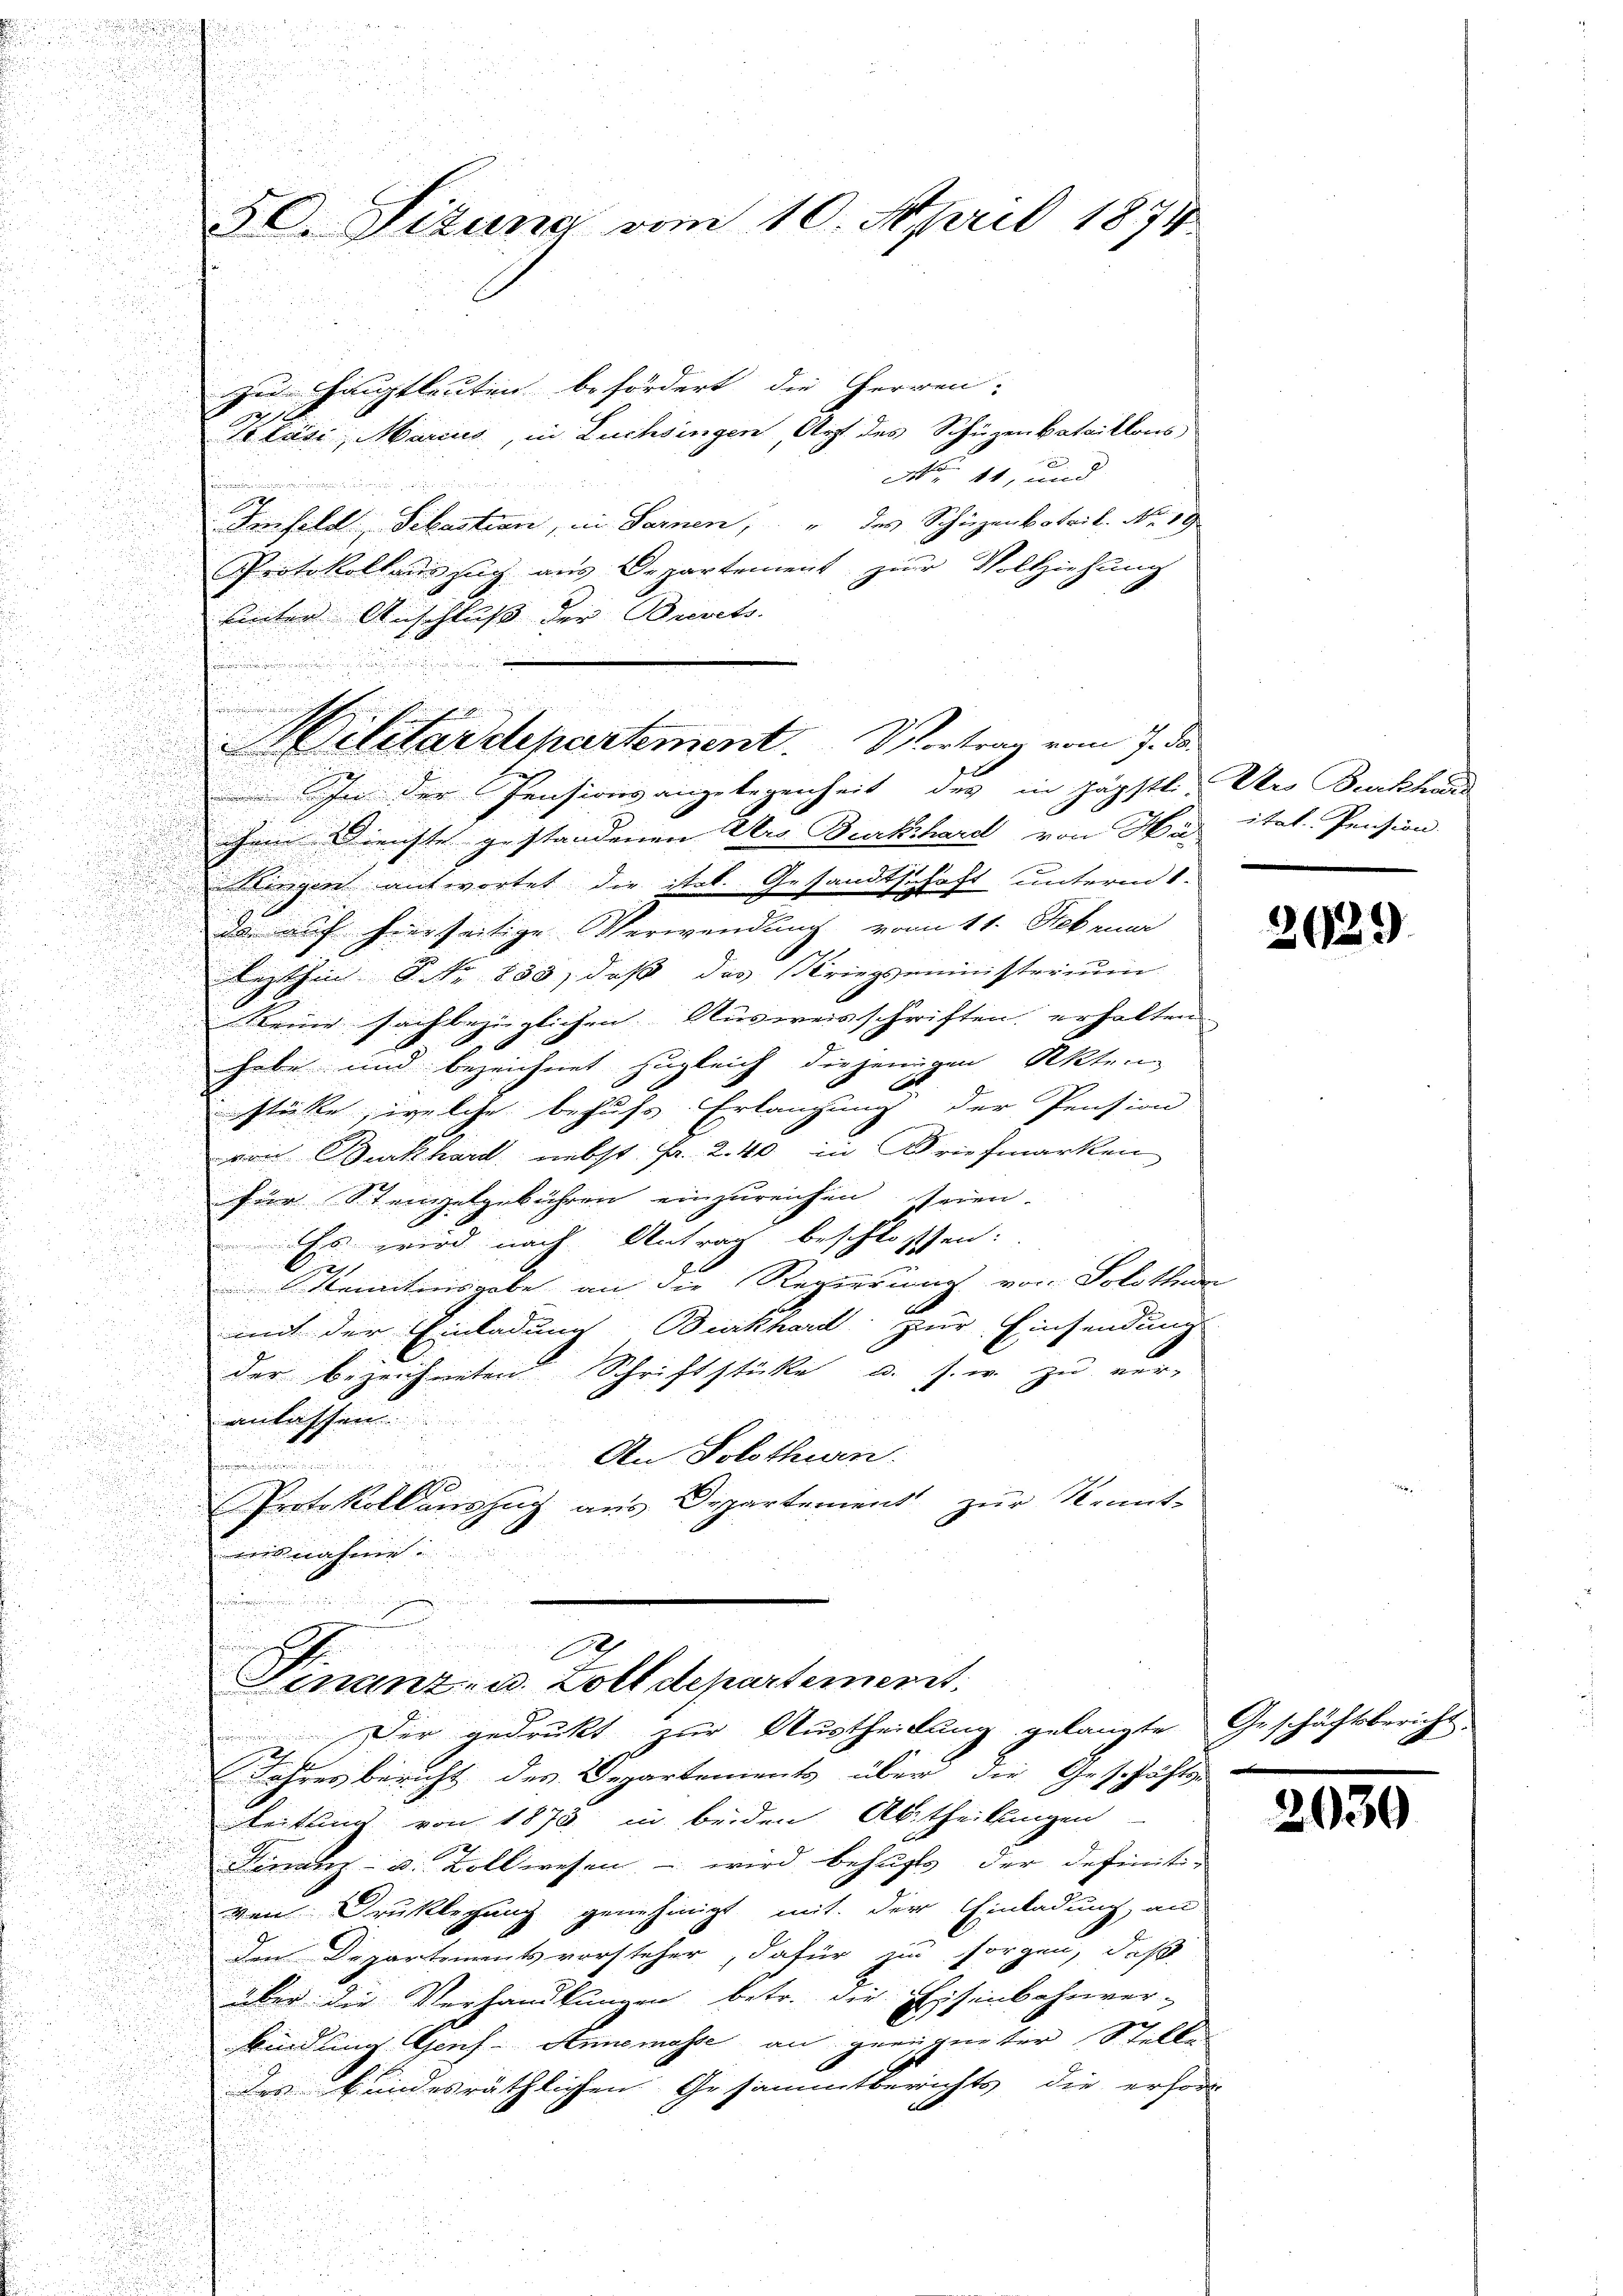
50. Sizung vom 10. April 1874

zu Hauptleuten befördert die Herren.
Bläsi, Marius, in Luchsingen, Arzt des Schüzenbataillons
M 11, und
 5

Imfeld, Sebastian, in Sarnen, " des Schüzanbotril. No. 19
u
Protokollauszug aus Departement zur Vollziehung
hinter Anschluß der Brevets.
n
 In der Pensionsangelegenheit des in päpstli, Dr. Burckhard
chem Dienste gestandenen Urs Burkhard von Hug itet. Pension.
d

n
Singen antwortet die stol. Gesandtschaft unterm 1.
n
e
da auf hierseitige Verwendung vom 11. Februar
u
.
lezthin No 853, daβ das Kriegsministerium
.
a
keine sachbezüglichen Ausweisschriften erhalten
e
habe und bezeichnet zugleich diejenigen Akten
.
stüke, welche behufs Erlangung der Pension
u
von Burckhard nebst Fr. 2. 40 in Briefmarken

u

Für Stempelgebühren einzureichen seien.

u
 Es wird nach Antrag beschlossen:

A
d
.
 kenntnisgabe an die Regierung von Solothur
d
i
.
mit der Einladung Burkhard zur Einsendung

d
der bezeichneten Schriftstücke u. s. w. zu ver-
1
anlassen
An Solothurn
A
Protokollauszug aus Departement zur Kennt-
mitnahme
.
.
f
Sinanz- u. Zolldepartement,
Der gedruckt zur Austheilung gelangte
Jahresbericht des Departements über die Geschäfts-
leitung von 1873 in beiden Abtheilungen
Final u. Vollwesen – wird behufs der definiti-
von Druklegung genehmigt mit der Einladung an
de Departementsvorsteher, dafür in sorgen, daß
über die Verhandlungen betr. die Eisenbahnver-
bindung Genf - Annemasse an geeigneter Stelle
des kundesräthlichen Gesammtberichts die erhöre

s

önnten in ei
Militärdepartement. Vortrag vom 7. de

.

2029

Geschäftsbericht.

2030